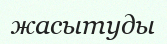
жасытуды